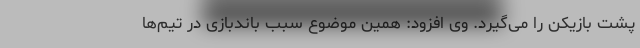
پشت بازیکن را می‌گیرد. وی افزود: همین موضوع سبب باندبازی در تیم‌ها